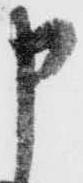
申